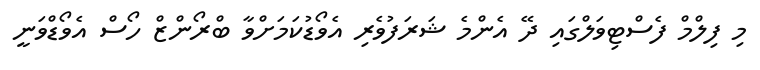
މި ފިލްމް ފެސްޓިވަލްގައި ދޭ އެންމެ ޝަރަފުވެރި އެވޯޑުކަމަށްވާ ބްރޯންޒް ހޯސް އެވޯޑްވަނީ